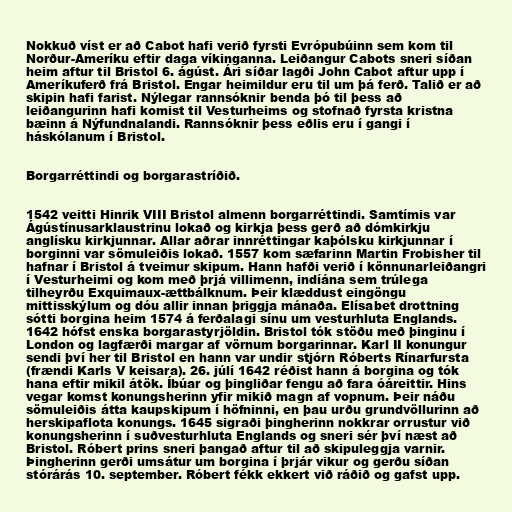
Nokkuð víst er að Cabot hafi verið fyrsti Evrópubúinn sem kom til
Norður-Ameríku eftir daga víkinganna. Leiðangur Cabots sneri síðan
heim aftur til Bristol 6. ágúst. Ári síðar lagði John Cabot aftur upp í
Ameríkuferð frá Bristol. Engar heimildur eru til um þá ferð. Talið er að
skipin hafi farist. Nýlegar rannsóknir benda þó til þess að
leiðangurinn hafi komist til Vesturheims og stofnað fyrsta kristna
bæinn á Nýfundnalandi. Rannsóknir þess eðlis eru í gangi í
háskólanum í Bristol.

Borgarréttindi og borgarastríðið.

1542 veitti Hinrik VIII Bristol almenn borgarréttindi. Samtímis var
Ágústínusarklaustrinu lokað og kirkja þess gerð að dómkirkju
anglísku kirkjunnar. Allar aðrar innréttingar kaþólsku kirkjunnar í
borginni var sömuleiðis lokað. 1557 kom sæfarinn Martin Frobisher til
hafnar í Bristol á tveimur skipum. Hann hafði verið í könnunarleiðangri
í Vesturheimi og kom með þrjá villimenn, indíána sem trúlega
tilheyrðu Exquimaux-ættbálknum. Þeir klæddust eingöngu
mittisskýlum og dóu allir innan þriggja mánaða. Elísabet drottning
sótti borgina heim 1574 á ferðalagi sínu um vesturhluta Englands.
1642 hófst enska borgarastyrjöldin. Bristol tók stöðu með þinginu í
London og lagfærði margar af vörnum borgarinnar. Karl II konungur
sendi því her til Bristol en hann var undir stjórn Róberts Rínarfursta
(frændi Karls V keisara). 26. júlí 1642 réðist hann á borgina og tók
hana eftir mikil átök. Íbúar og þingliðar fengu að fara óáreittir. Hins
vegar komst konungsherinn yfir mikið magn af vopnum. Þeir náðu
sömuleiðis átta kaupskipum í höfninni, en þau urðu grundvöllurinn að
herskipaflota konungs. 1645 sigraði þingherinn nokkrar orrustur við
konungsherinn í suðvesturhluta Englands og sneri sér því næst að
Bristol. Róbert prins sneri þangað aftur til að skipuleggja varnir.
Þingherinn gerði umsátur um borgina í þrjár vikur og gerðu síðan
stórárás 10. september. Róbert fékk ekkert við ráðið og gafst upp.